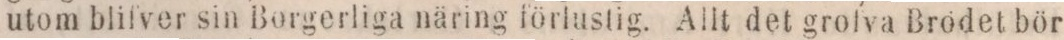
utom blifver sin Borgerliga näring förlustig. Allt det grofva Brödet bör